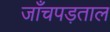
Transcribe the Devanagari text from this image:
जाँचपड़ताल